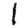
Digit: 1